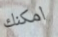
امكنك